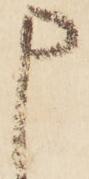
申